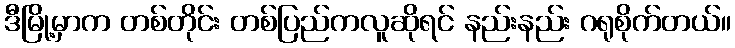
ဒီမြို့မှာက တစ်တိုင်း တစ်ပြည်ကလူဆိုရင် နည်းနည်း ဂရုစိုက်တယ်။